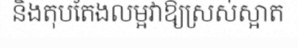
និងតុបតែងលម្អវាឱ្យស្រស់ស្អាត